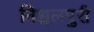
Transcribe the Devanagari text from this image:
निश्चलपुरी